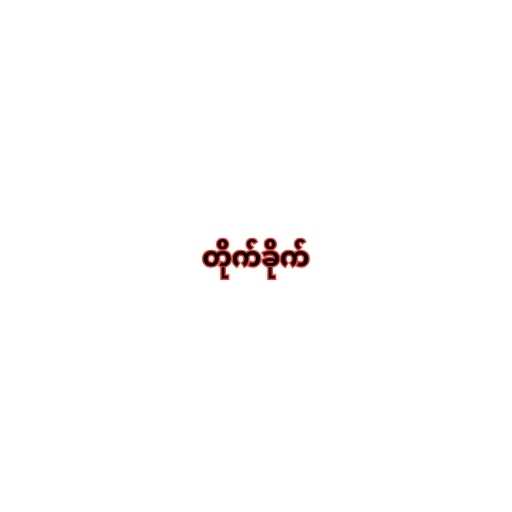
တိုက်ခိုက်